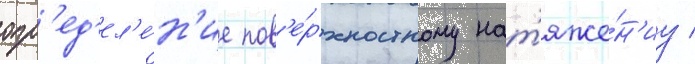
опр'ед'ел'е́н'ие пов'е́рхностному нат'яже́н'иу /